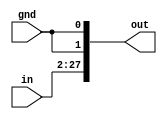

//file jump_shifter.v

module jump_shifter(
	input wire [25:0] in,
	input wire gnd,
	output reg [27:0] out);
	
	always @* begin
		out <= {in[25:0], {2{gnd}} };
	end

endmodule